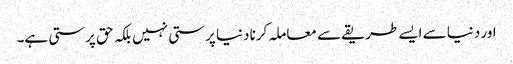
اور دنیا سے ایسے طریقے سے معاملہ کرنا دنیا پرستی نہیں بلکہ حق پرستی ہے۔